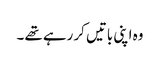
وہ اپنی باتیں کر رہے تھے ۔